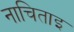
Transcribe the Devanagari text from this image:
नाचिताइ